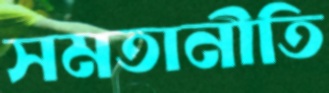
সমতানীতি